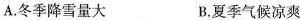
A.冬季降雪量大 B.夏季气候凉爽